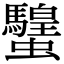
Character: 𧕸